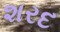
શરદ